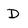
Character: D